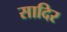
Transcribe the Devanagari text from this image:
सादिर